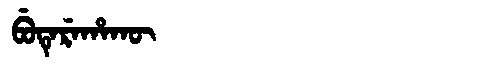
Manchu: ᠪᡠᡨᡝᡵᡝᡥᠠᡴᡡ
Romanization: BUTEREHAKŪ